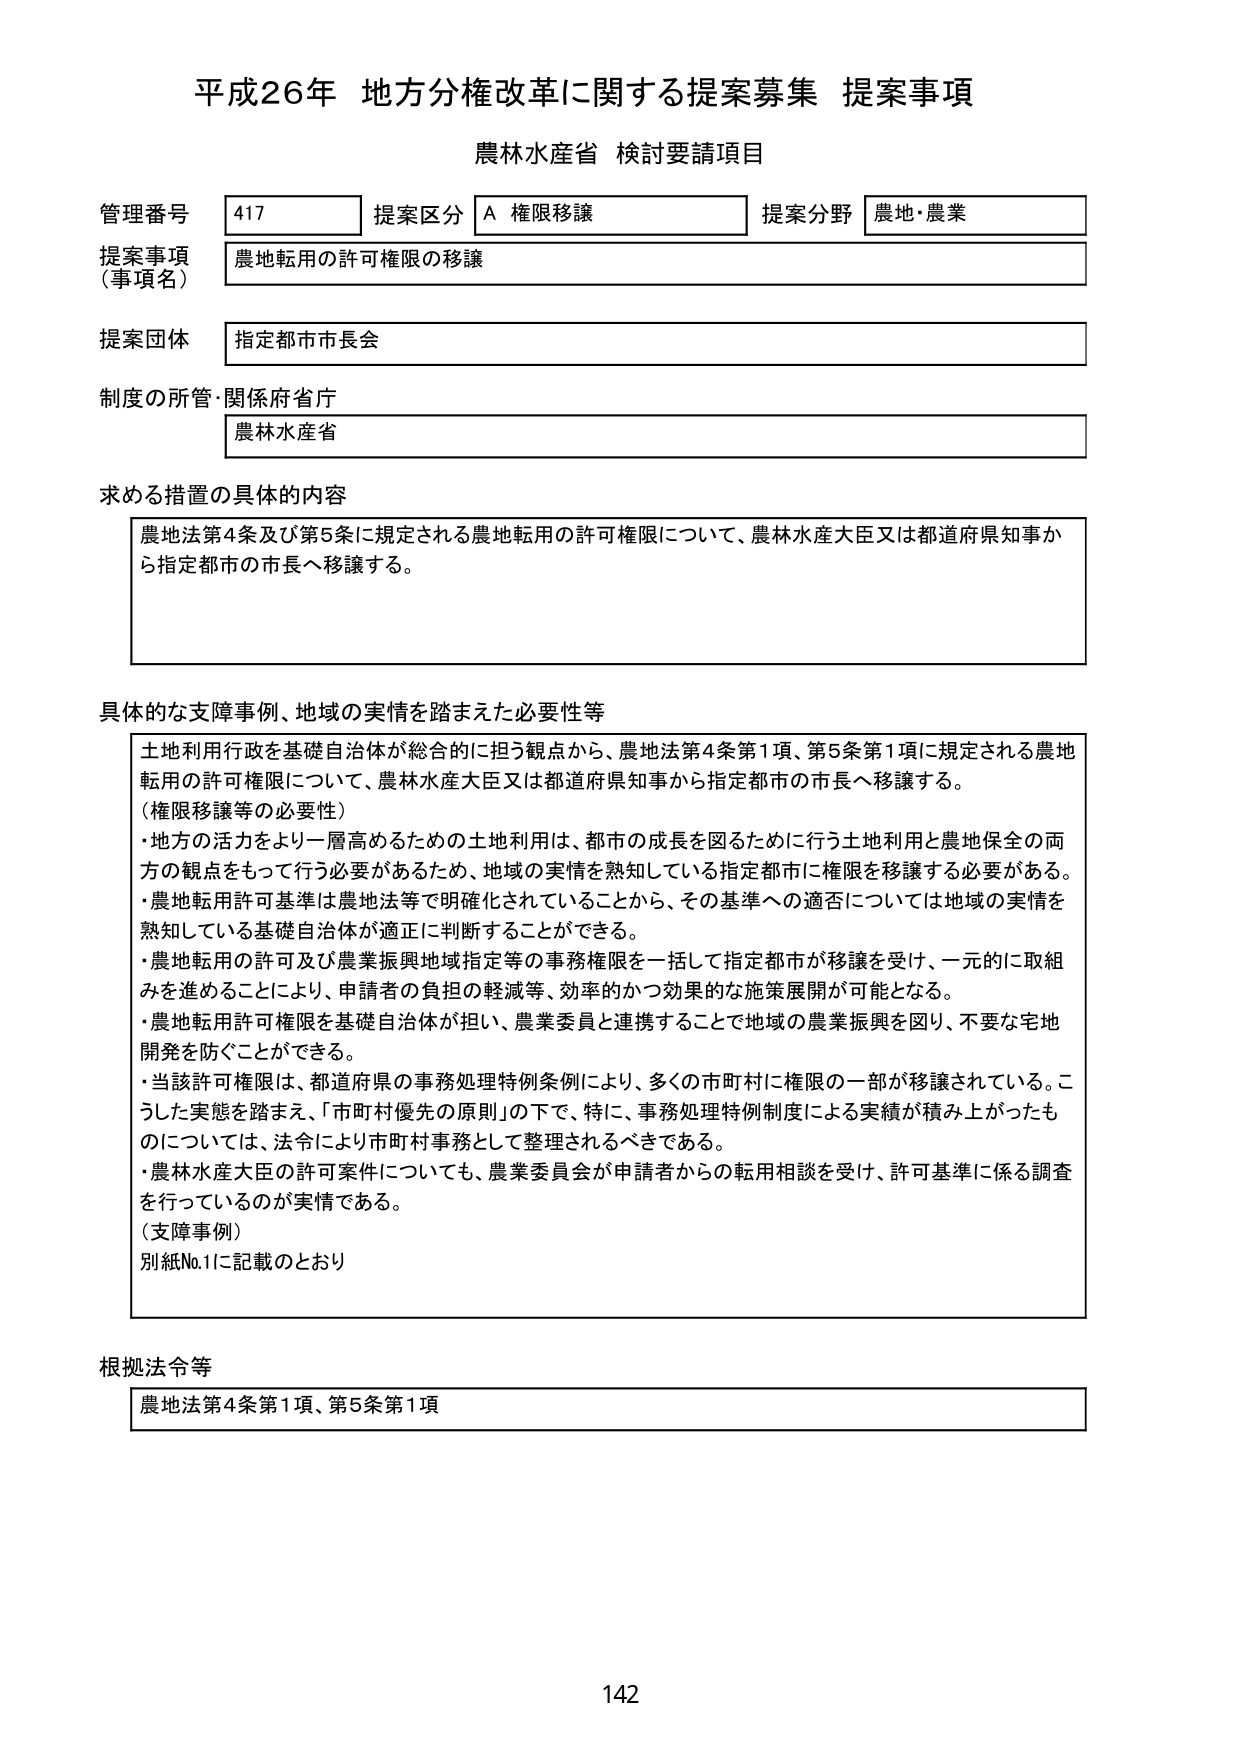
平成26年 地方分権改革に関する提案募集 提案事項
農林水産省 検討要請項目

管理番号 417 提案区分 A 権限移譲 提案分野 農地・農業
提案事項（事項名） 農地転用の許可権限の移譲
提案団体 指定都市市長会
制度の所管・関係府省庁 農林水産省

求める措置の具体的内容
農地法第4条及び第5条に規定される農地転用の許可権限について、農林水産大臣又は都道府県知事から指定都市の市長へ移譲する。

具体的な支障事例、地域の実情を踏まえた必要性等
土地利用行政を基礎自治体が総合的に担う観点から、農地法第4条第1項、第5条第1項に規定される農地転用の許可権限について、農林水産大臣又は都道府県知事から指定都市の市長へ移譲する。
（権限移譲等の必要性）
・地方の活力をより一層高めるための土地利用は、都市の成長を図るために行う土地利用と農地保全の両方の観点をもって行う必要があるため、地域の実情を熟知している指定都市に権限を移譲する必要がある。
・農地転用許可基準は農地法等で明確化されていることから、その基準への適否については地域の実情を熟知している基礎自治体が適正に判断することができる。
・農地転用の許可及び農業振興地域指定等の事務権限を一括して指定都市が移譲を受け、一元的に取組みを進めることにより、申請者の負担の軽減等、効率的かつ効果的な施策展開が可能となる。
・農地転用許可権限を基礎自治体が担い、農業委員と連携することで地域の農業振興を図り、不要な宅地開発を防ぐことができる。
・当該許可権限は、都道府県の事務処理特例条例により、多くの市町村に権限の一部が移譲されている。こうした実態を踏まえ、「市町村優先の原則」の下で、特に、事務処理特例制度による実績が積み上がったものについては、法令により市町村事務として整理されるべきである。
・農林水産大臣の許可案件についても、農業委員会が申請者からの転用相談を受け、許可基準に係る調査を行っているのが実情である。
（支障事例）
別紙No.1に記載のとおり

根拠法令等
農地法第4条第1項、第5条第1項

142